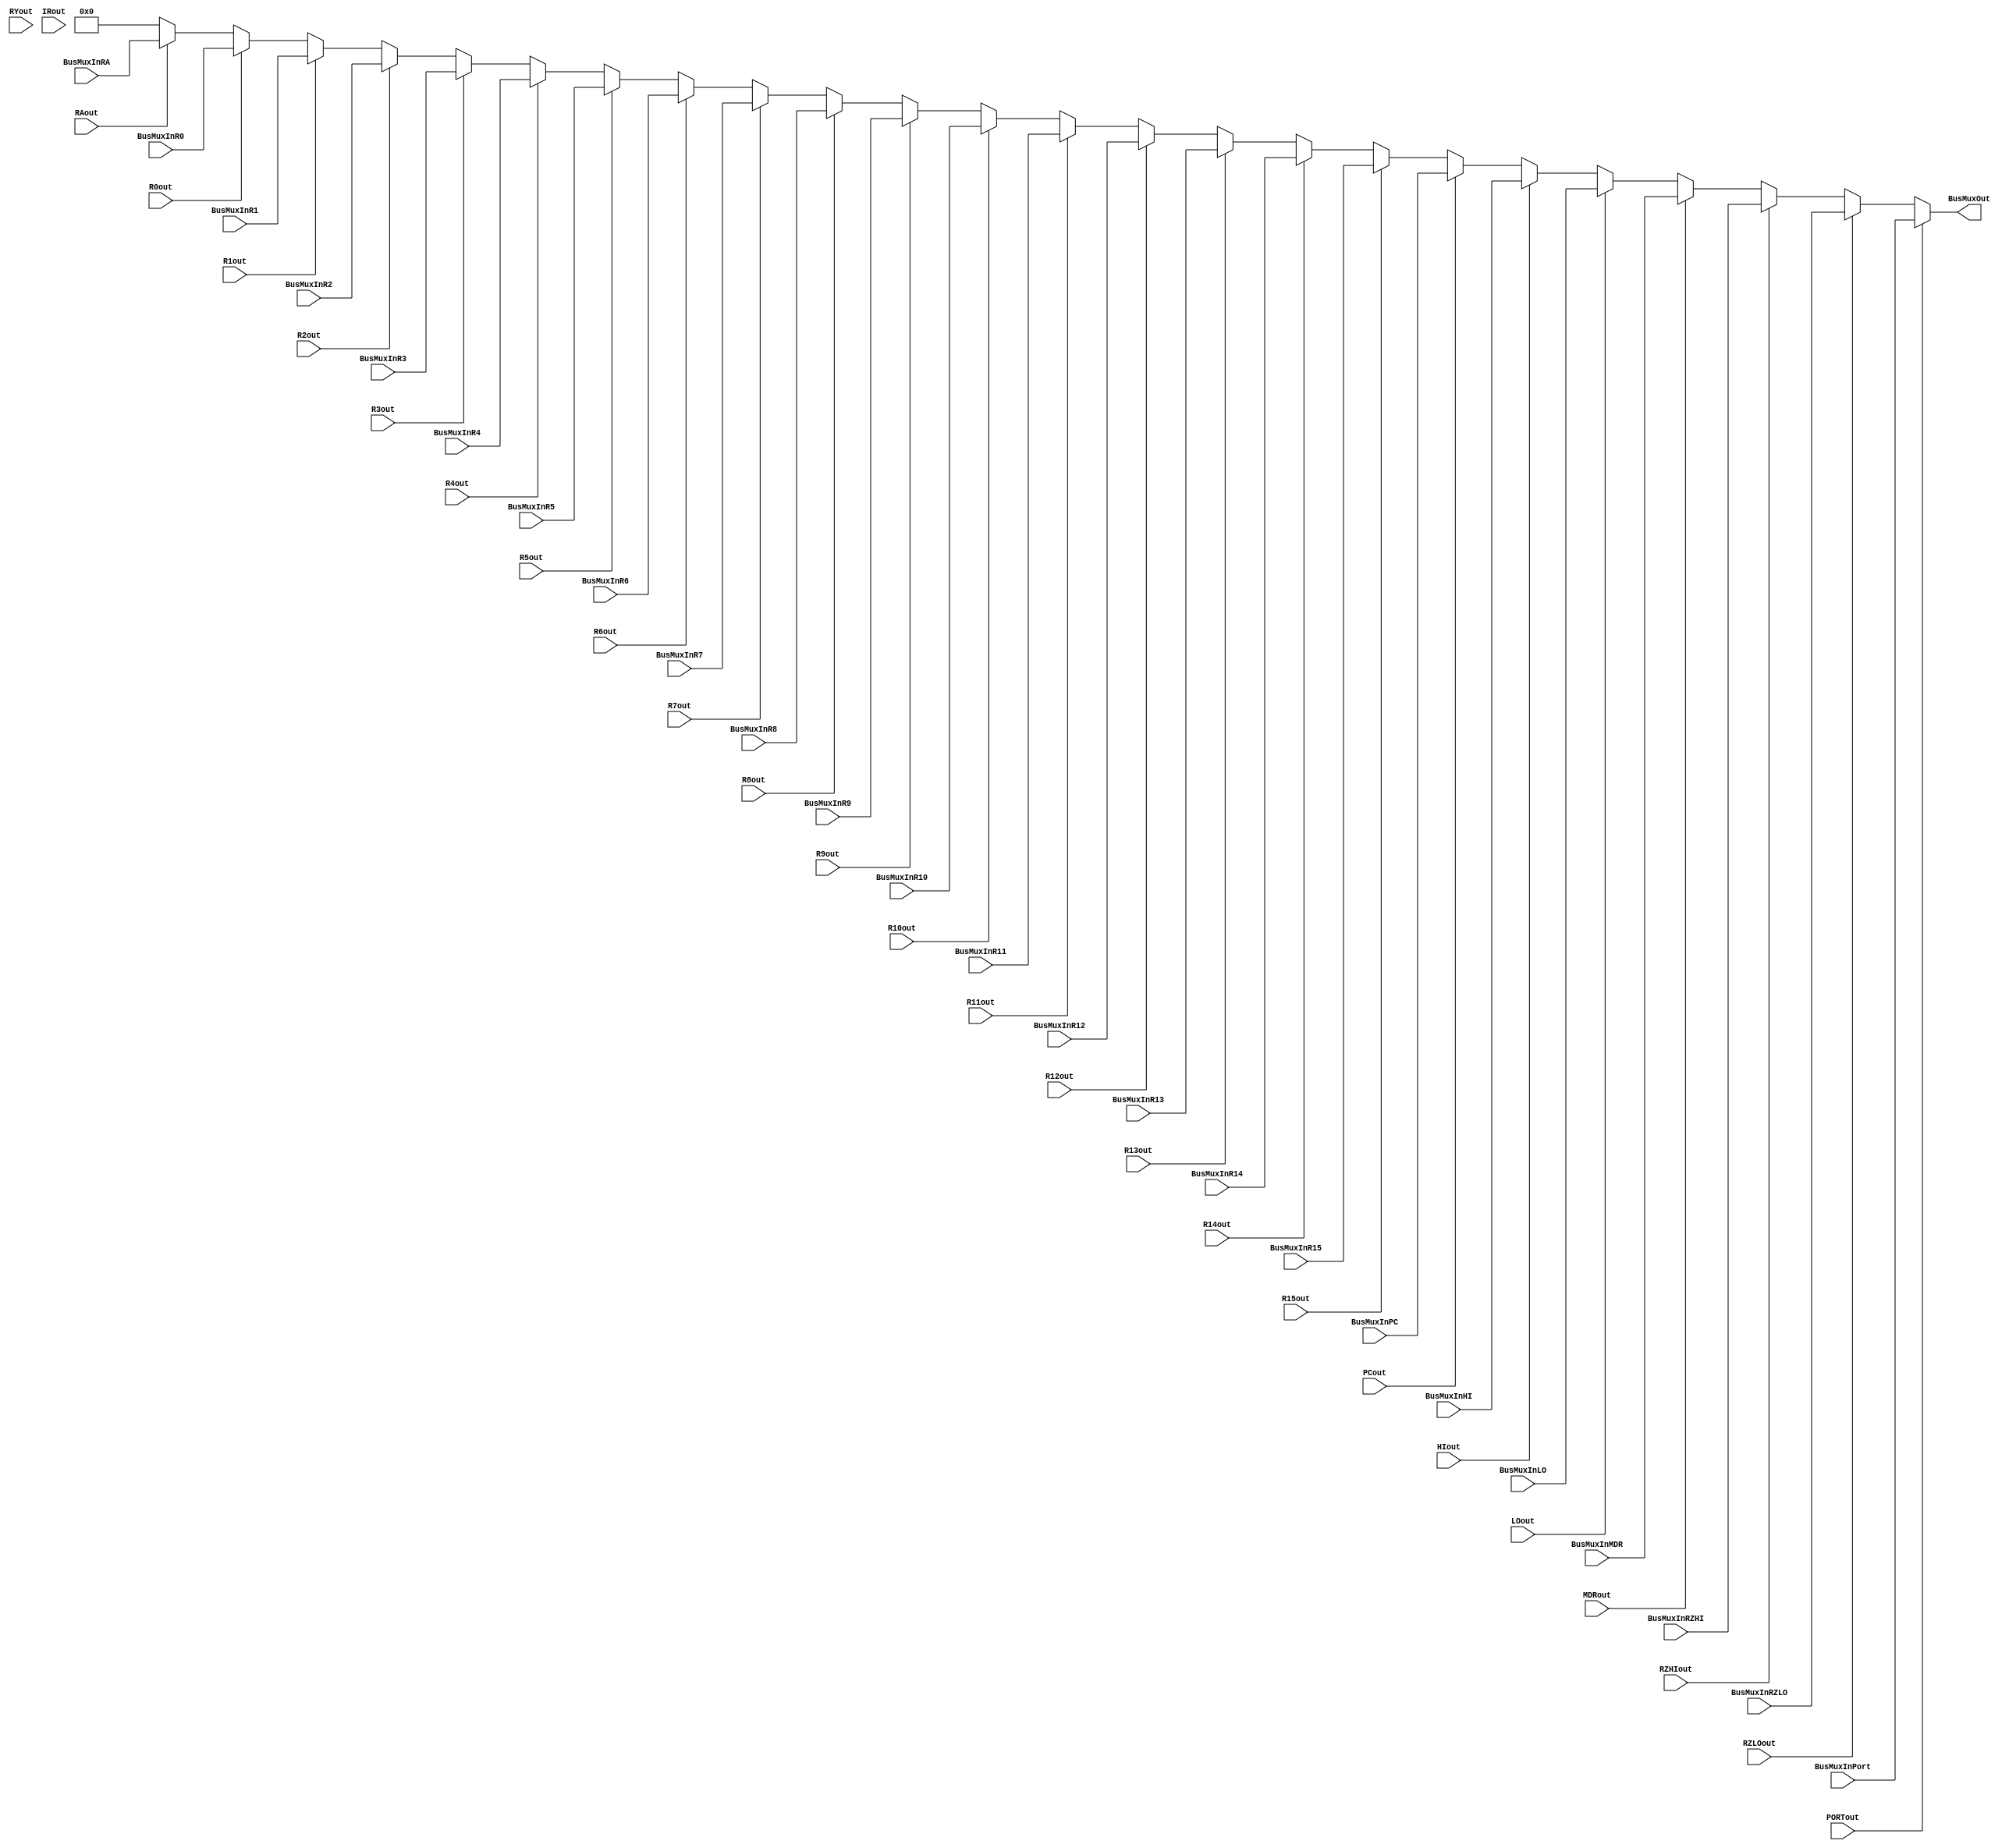
module Bus (
	input [31:0] BusMuxInRA, BusMuxInR0, BusMuxInR1, BusMuxInR2, BusMuxInR3, BusMuxInR4, BusMuxInR5, BusMuxInR6, BusMuxInR7, BusMuxInR8, 
	BusMuxInR9, BusMuxInR10, BusMuxInR11,BusMuxInR12, BusMuxInR13, BusMuxInR14, BusMuxInR15, BusMuxInHI, BusMuxInLO, BusMuxInRZHI, BusMuxInRZLO, 
	BusMuxInPC, BusMuxInMDR, BusMuxInPort,
	
	input RAout, R0out, R1out, R2out, R3out, R4out, R5out, R6out, R7out, R8out, R9out, R10out, R11out, R12out, R13out, R14out, R15out, 
	RYout, RZHIout, RZLOout, PCout, IRout, HIout, LOout, MDRout, PORTout,

	output wire [31:0] BusMuxOut
);

reg [31:0]q;

always @ (*) begin

	q = 32'b0;
	
	if(RAout) q = BusMuxInRA;
	
	if(R0out) q = BusMuxInR0;
	if(R1out) q = BusMuxInR1;
	if(R2out) q = BusMuxInR2;
	if(R3out) q = BusMuxInR3;
	if(R4out) q = BusMuxInR4;
	if(R5out) q = BusMuxInR5;
	if(R6out) q = BusMuxInR6;
	if(R7out) q = BusMuxInR7;
	if(R8out) q = BusMuxInR8;
	if(R9out) q = BusMuxInR9;
	if(R10out) q = BusMuxInR10;
	if(R11out) q = BusMuxInR11;
	if(R12out) q = BusMuxInR12;
	if(R13out) q = BusMuxInR13;
	if(R14out) q = BusMuxInR14;
	if(R15out) q = BusMuxInR15;	
	if(PCout) q = BusMuxInPC;
	if(HIout) q = BusMuxInHI;
	if(LOout) q = BusMuxInLO;	
	if(MDRout) q = BusMuxInMDR;
	if(RZHIout) q = BusMuxInRZHI;
	if(RZLOout) q = BusMuxInRZLO;
	if(PORTout) q = BusMuxInPort;
end
assign BusMuxOut = q;
endmodule